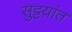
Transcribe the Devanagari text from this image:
सुट्टय़ांत